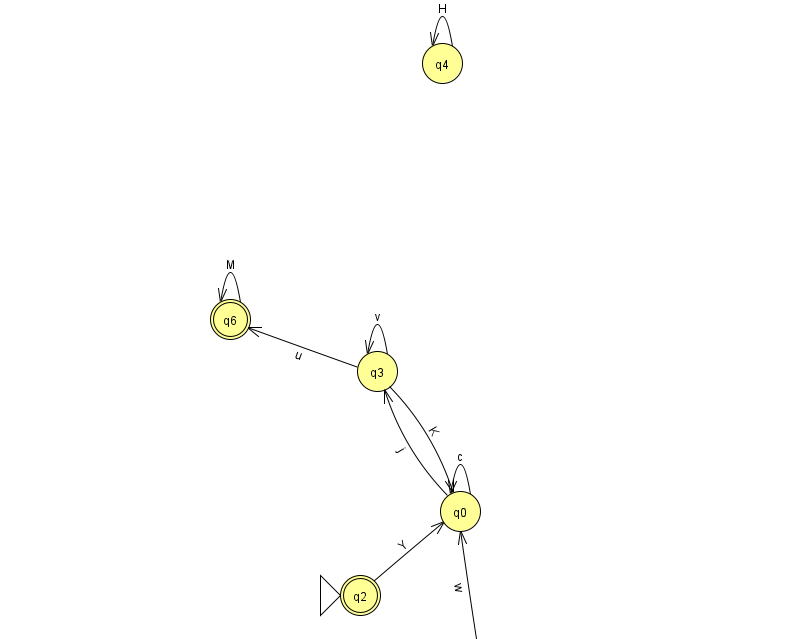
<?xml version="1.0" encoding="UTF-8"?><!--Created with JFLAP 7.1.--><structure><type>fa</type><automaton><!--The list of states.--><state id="0" name="q0"><x>460.0</x><y>498.0</y></state><state id="2" name="q2"><x>360.0</x><y>582.0</y><initial/><final/></state><state id="3" name="q3"><x>377.0</x><y>358.0</y></state><state id="4" name="q4"><x>442.0</x><y>50.0</y></state><state id="5" name="q5"><x>482.0</x><y>651.0</y></state><state id="6" name="q6"><x>230.0</x><y>306.0</y><final/></state><!--The list of transitions.--><transition><from>0</from><to>3</to><read>j</read></transition><transition><from>3</from><to>6</to><read>u</read></transition><transition><from>3</from><to>0</to><read>K</read></transition><transition><from>0</from><to>0</to><read>c</read></transition><transition><from>3</from><to>3</to><read>v</read></transition><transition><from>2</from><to>0</to><read>Y</read></transition><transition><from>4</from><to>4</to><read>H</read></transition><transition><from>5</from><to>0</to><read>w</read></transition><transition><from>6</from><to>6</to><read>M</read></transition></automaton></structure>